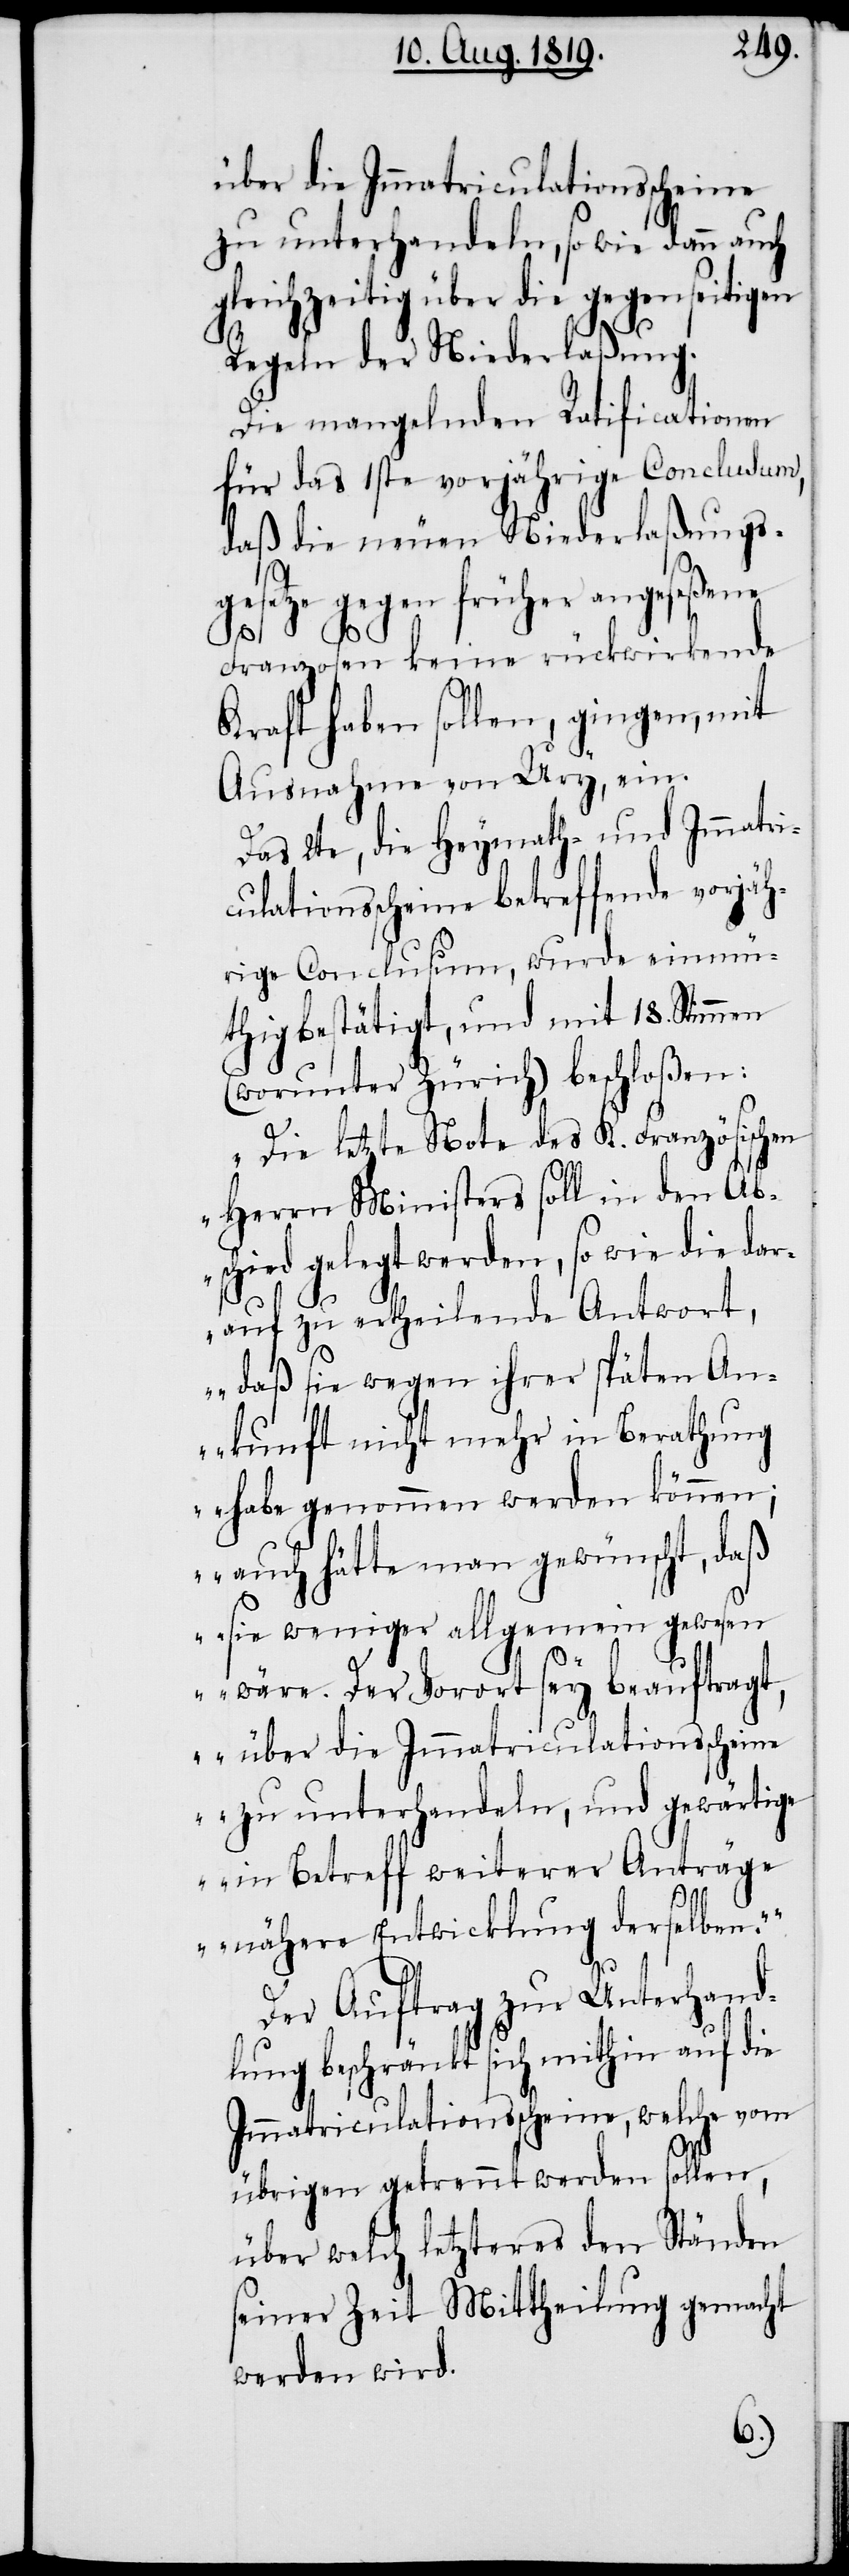
über die Immatriculationsscheine
zu unterhandeln, so wie dann auch
gleichzeitig über die gegenseitigen
Regeln der Niederlaßung.
Die mangelnden Ratificationen
für das 1ste vorjährige Conclusum,
daß die neuen Niederlaßungs¬
gesetze gegen früher angeseßene
Franzosen keine rückwirkende
Kraft haben sollen, gingen, mit
Ausnahme von Ury, ein.
Das 2te, die Heymath- und Immatri¬
culationsscheine betreffende vorjäh¬
rige Conclusum, wurde einmü¬
thig bestätigt, und mit 18. Stimmen
(worunter Zürich) beschloßen:
„Die letzte Note des K. Französischen
Herrn Ministers soll in den Abs¬
chied gelegt werden, so wie die dar¬
auf zu ertheilende Antwort,
„daß sie wegen ihrer späten An¬
kunft nicht mehr in Berathung
habe genommen werden können;
auch hätte man gewünscht, daß
sie weniger allgemein gewesen
wäre. Der Vorort sey beauftragt,
zu unterhandeln, und gewärtige
in Betreff weiterer Anträge
nähere Entwicklung derselben.““
Der Auftrag zur Unterhand¬
lung beschränkt sich mithin auf die
Immatriculationsscheine, welche vom
übrigen getrennt werden sollen,
über welch letzteres den Ständen
seiner Zeit Mittheilung gemacht
werden wird.